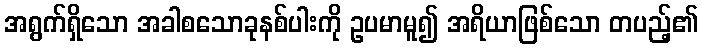
အရွက်ရှိသော အခါစသောခုနစ်ပါးကို ဥပမာမူ၍ အရိယာဖြစ်သော တပည့်၏